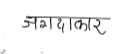
मजकूर: जगदाकार